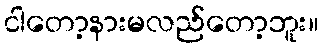
ငါတော့နားမလည်တော့ဘူး။